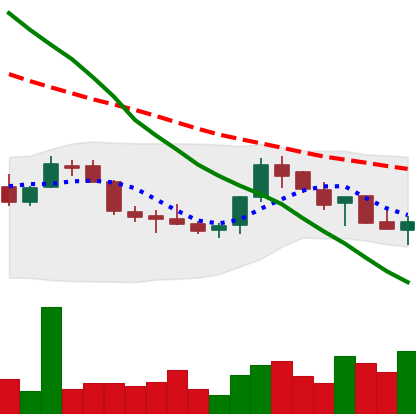
Ticker: LINK-USD
Chart end date: 2018-07-24
Forward return: 62.211%
Label: up_7plus